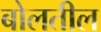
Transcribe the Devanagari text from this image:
बोलतील